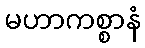
မဟာကစ္စာနံ